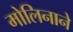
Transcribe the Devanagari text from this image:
मोलिनाने